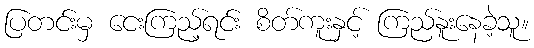
ပြတင်းမှ ငေးကြည့်ရင်း စိတ်ကူးနှင့် ကြည်နူးနေခဲ့သူ။